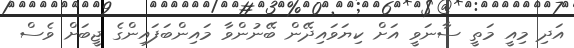
އަދި މިއީ މަތީ ސާނަވީ އަށް ކިޔަވައިދޭން ބޭނުންވާ މައިންބަފައިންގެ ޖީބަށް ވެސް